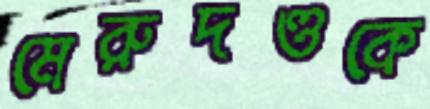
মেরুদণ্ডকে